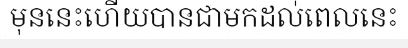
មុននេះហើយបានជាមកដល់ពេលនេះ